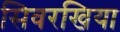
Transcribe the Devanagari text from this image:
सिवरखिया